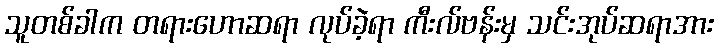
သူတစ်ခါက တရားဟောဆရာ လုပ်ခဲ့ရာ ကီးလ်ဗန်းမှ သင်းအုပ်ဆရာအား